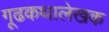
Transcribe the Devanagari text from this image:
गूढकथालेखक